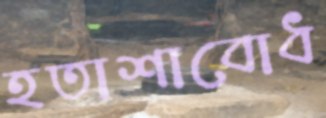
হতাশাবোধ